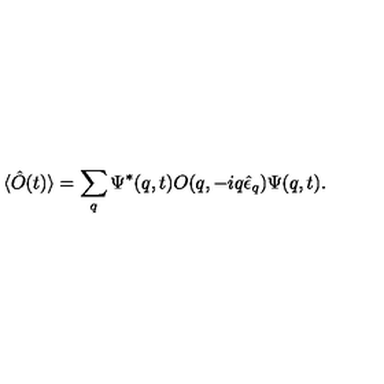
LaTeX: \langle \hat { O } ( t ) \rangle = \sum _ { q } \Psi ^ { * } ( q , t ) O ( q , - i q \hat { \epsilon } _ { q } ) \Psi ( q , t ) .